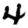
Digit: 4